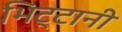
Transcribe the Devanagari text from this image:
भिट्टानी